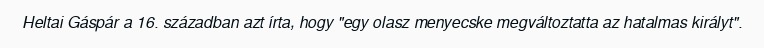
Heltai Gáspár a 16. században azt írta, hogy "egy olasz menyecske megváltoztatta az hatalmas királyt".